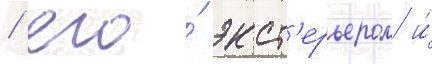
/ его́ экст'ерьером и́